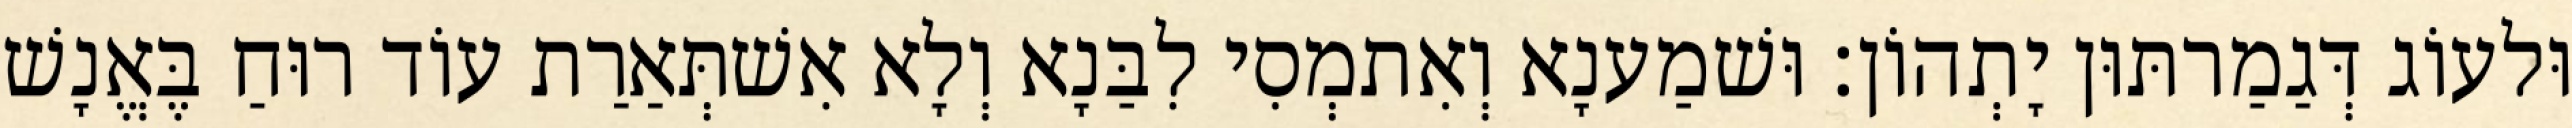
וּלעוֹג דְּגַמַרתּוּן יָתְהוֹן׃ וּשׁמַענָא וְאִתמְסִי לִבַּנָא וְלָא אִשׁתְּאַרַת עוֹד רוּחַ בֶּאֱנָשׁ